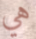
هي